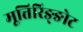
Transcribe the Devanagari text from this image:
मूत्तिरिङ्ङोट